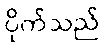
ပိုက်သည်